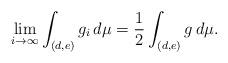
LaTeX: \begin{align*}\lim_{i\to\infty} \int_{(d,e)} g_i \,d\mu = \frac{1}{2} \int_{(d,e)} g \,d\mu.\end{align*}